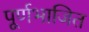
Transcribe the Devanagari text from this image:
पूर्णभाजित